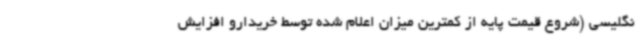
نگلیسی (شروع قیمت پایه از کمترین میزان اعلام شده توسط خریدارو افزایش